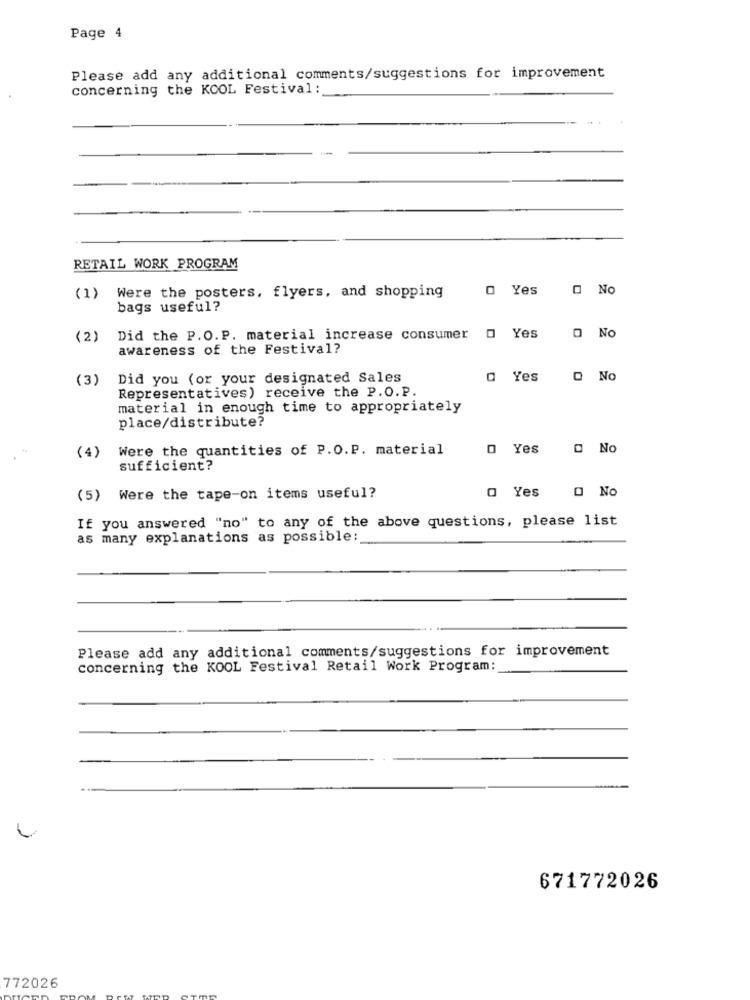
Page 4
Please add any additional comments/suggestions for improvement
concerning the KOOL Festival:
-
RETAIL WORK PROGRAM
0 Yes
O No
(1) Were the posters, flyers, and shopping
bags useful?
(2)
Did the P.O. P. material increase consumer
0 Yes
O No
awareness of the Festival?
(3)
Did you (or your designated Sales
a Yes
O No
Representatives) receive the P.O.P.
material in enough time to appropriately
place/distribute?
Were the quantities of P.O.P. material
0 Yes
O No
(4)
sufficient?
O Yes
(5) Were the tape-on items useful?
O No
If you answered "no" to any of the above questions, please list
as many explanations as possible:
Please add any additional comments/suggestions for improvement
concerning the KOOL Festival Retail Work Program:
671772026
772026